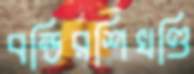
বন্ডিরশিখণ্ডি